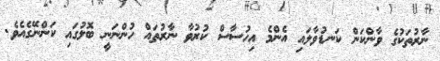
ނާރުތަކުގެ ވާންކަން ކަނޑުވާލައި އެންމެ އިހުސާސް ކުރުވާ ނާރުތައް ހުންނަނީ ބޮލުގައި ކަންނޭގެއެވެ.